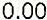
0.00